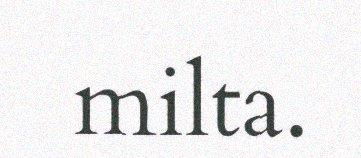
milta.